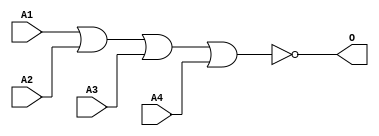
module JNOR4D(A1, A2, A3, A4, O);
input   A1;
input   A2;
input   A3;
input   A4;
output  O;
nor g0(O, A1, A2, A3, A4);
endmodule